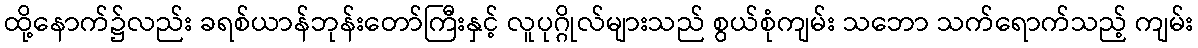
ထို့နောက်၌လည်း ခရစ်ယာန်ဘုန်းတော်ကြီးနှင့် လူပုဂ္ဂိုလ်များသည် စွယ်စုံကျမ်း သဘော သက်ရောက်သည့် ကျမ်း